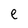
Character: e